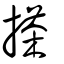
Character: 搽